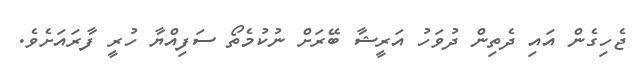
ޖެހިގެން އައި ދެތިން ދުވަހު އަރީޝާ ބޭރަށް ނުކުމެތޯ ސަފިއްޔާ ހުރީ ފާރައަށެވެ.